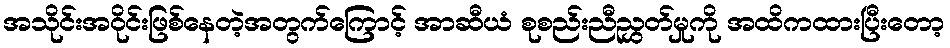
အသိုင်းအဝိုင်းဖြစ်နေတဲ့အတွက်ကြောင့် အာဆီယံ စုစည်းညီညွှတ်မှုကို အထိကထားပြီးတော့